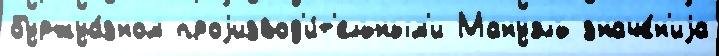
буржуа́зном проjизвод'и́т'ельным'и Мануэль значе́н'иjа